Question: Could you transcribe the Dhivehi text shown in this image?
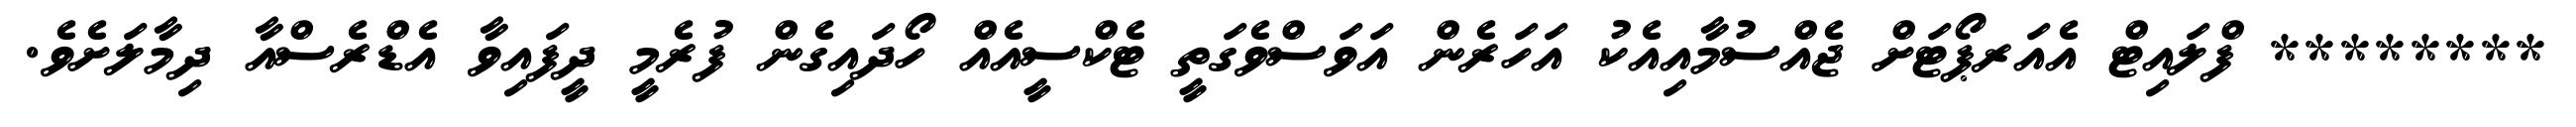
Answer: ******** ފްލައިޓް އެއަރޕޯޓަށް ޖެއްސުމާއިއެކު އަހަރެން އަވަސްވެގަތީ ޓެކްސީއެއް ހޯދައިގެން ފުރެމީ ދީފައިވާ އެޑްރެސްއާ ދިމާލަށެވެ.